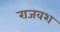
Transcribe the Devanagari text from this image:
राजवश